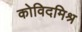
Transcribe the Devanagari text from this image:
कोविदमिश्र